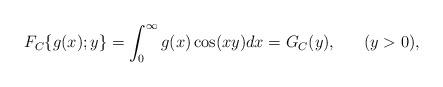
LaTeX: \begin{align*}F_{C}\{g(x);y\}=\int_{0}^{\infty}g(x)\cos(xy)dx=G_{C}(y),~~~~~(y>0),\end{align*}